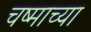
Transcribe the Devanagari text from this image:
चष्माच्या